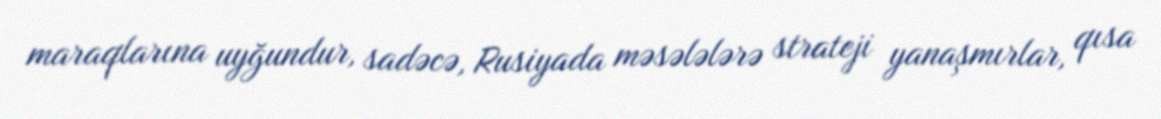
maraqlarına uyğundur, sadəcə, Rusiyada məsələlərə strateji yanaşmırlar, qısa